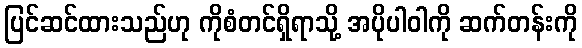
ပြင်ဆင်ထားသည်ဟု ကိုစံတင်ရှိရာသို့ အပိုပါဝါကို ဆက်တန်းကို